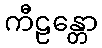
ကီဠန္တော